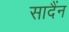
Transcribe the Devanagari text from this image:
सादैंन